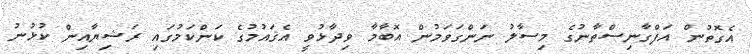
އެގޮތުން އަފްގާނިސްތާނުގެ މިސާލު ނަންގަވަމުން އޮބާމާ ވިދާޅުވީ އެޤައުމުގެ ކަންކަމުގައި ރަޝިޔާއިން ކުޅުނު